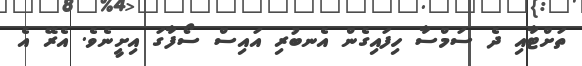
ތަށްޓާއި ދެ ސަމްސާ ހިފައިގެން އެނބުރި އައިސް ސޯފާގަ އިށީނެވެ. އެރޭ އެ